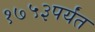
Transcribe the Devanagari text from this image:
१७५३पर्यंत